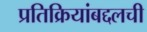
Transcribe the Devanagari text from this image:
प्रतिक्रियांबद्दलची